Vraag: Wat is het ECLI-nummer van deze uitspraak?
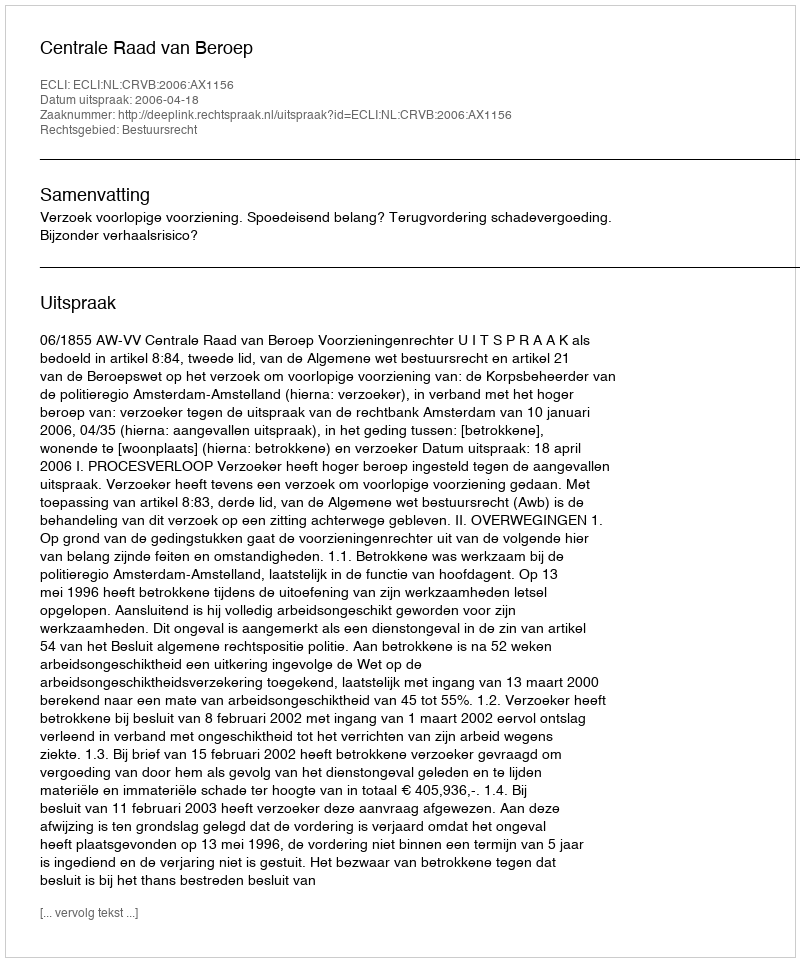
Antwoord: ECLI:NL:CRVB:2006:AX1156